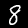
Label: 8